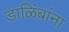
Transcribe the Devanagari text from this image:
डाळिंबांना